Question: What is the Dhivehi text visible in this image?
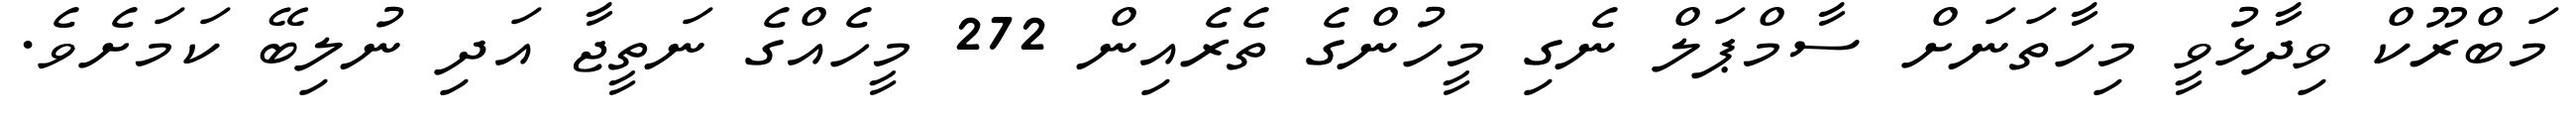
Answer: މަބްރޫކް ވިދާޅުވީ މިހާތަނަށް ސާމްޕަލް ނެގި މީހުންގެ ތެރެއިން 272 މީހެއްގެ ނަތީޖާ އަދި ނުލިބޭ ކަމަށެވެ.